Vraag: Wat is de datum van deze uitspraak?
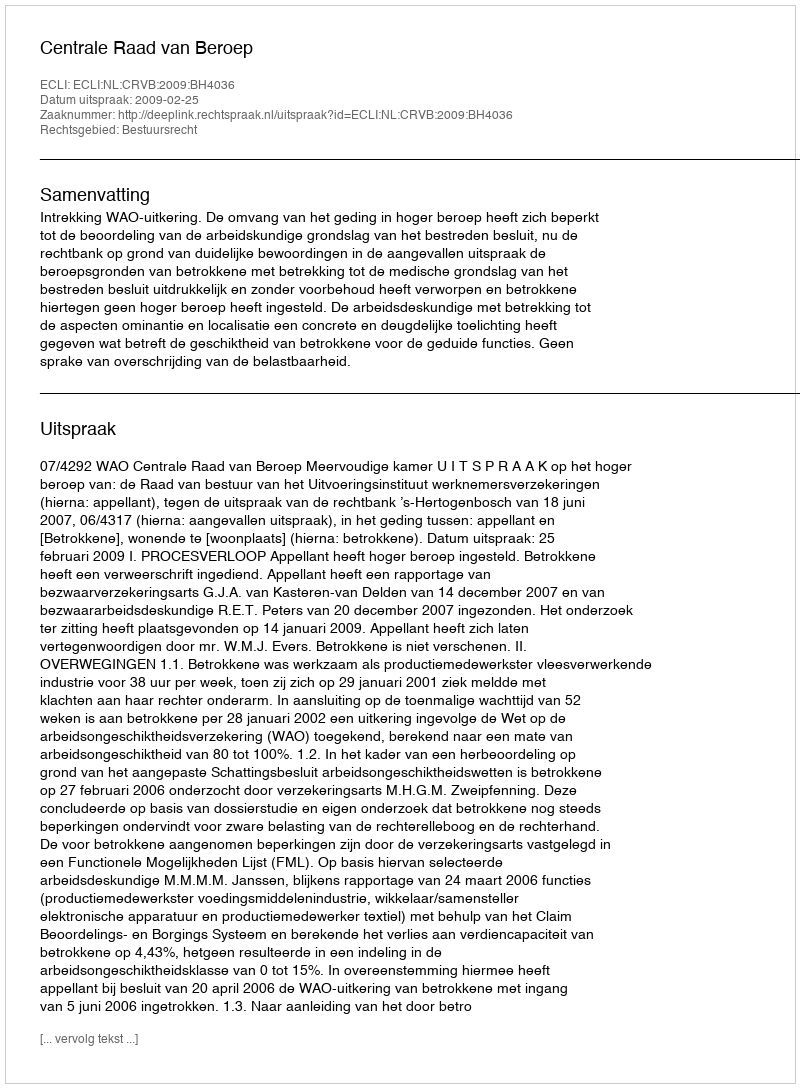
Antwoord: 2009-02-25